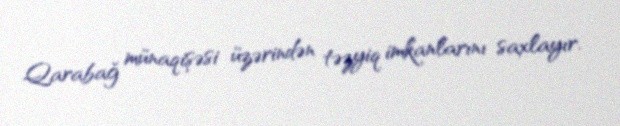
Qarabağ münaqişəsi üzərindən təzyiq imkanlarını saxlayır.